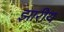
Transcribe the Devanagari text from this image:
झारीय